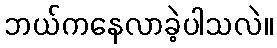
ဘယ်ကနေလာခဲ့ပါသလဲ။